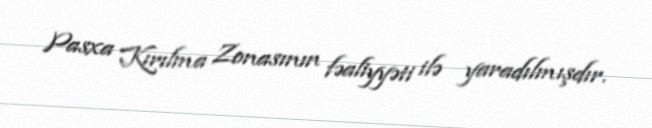
Pasxa Kırılma Zonasının fəaliyyəti ilə yaradılmışdır.